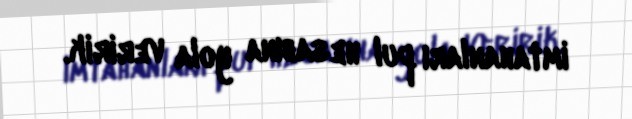
imtahanları pul hesabına yola veririk.